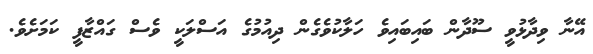
އޭނާ ވިދާޅުވީ ސޫދާން ބައިބައިވެ ހަލާކުވެގެން ދިއުމުގެ އަސްލަކީ ވެސް ގައްޒާފީ ކަމަށެވެ.